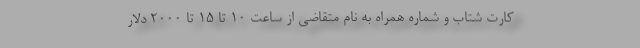
کارت شتاب و شماره همراه به نام متقاضی از ساعت ۱۰ تا ۱۵ تا ۲۰۰۰ دلار